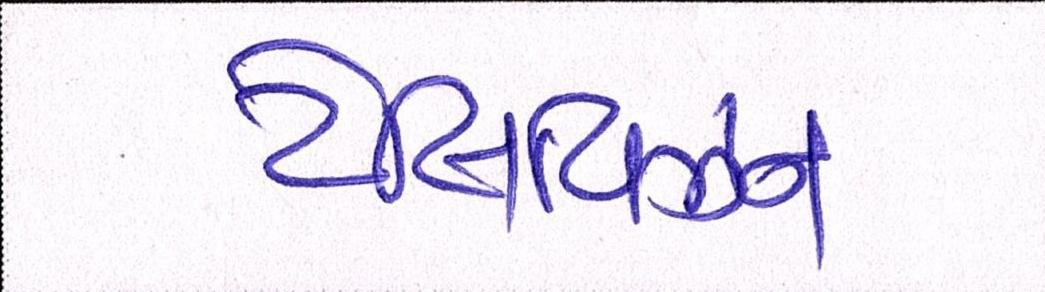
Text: ટેલિવિઝન